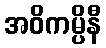
အဝိကမ္ပိနီ